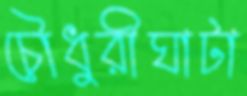
চৌধুরীঘাটা